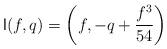
LaTeX: \begin{align*} {\sf l}(f,q)= \left(f, -q + \frac{f^3}{54}\right) \end{align*}